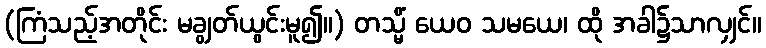
(ကြံသည့်အတိုင်း မချွတ်ယွင်းမူ၍။) တသ္မိံ ယေဝ သမယေ၊ ထို အခါ၌သာလျှင်။